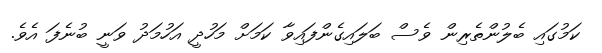
ކަމުގައި ބެލުންތެރިން ވެސް ބަލައިގެންފައިވާ ކަމަށް މަހުދީ އަހުމަދު ވަނީ ބުނެފަ އެވެ.